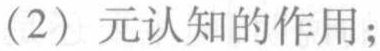
（2）元认知的作用；